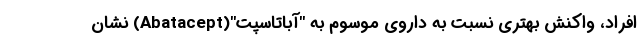
افراد، واکنش بهتری نسبت به داروی موسوم به "آباتاسپت"(Abatacept) نشان